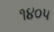
૧૪૦૫